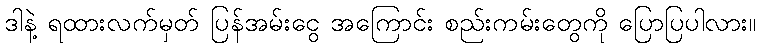
ဒါနဲ့ ရထားလက်မှတ် ပြန်အမ်းငွေ အကြောင်း စည်းကမ်းတွေကို ပြောပြပါလား။